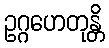
ဥဂ္ဂဟေတုန္တိ